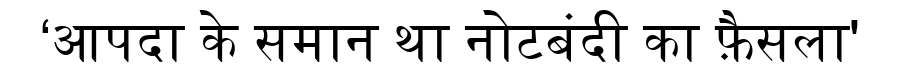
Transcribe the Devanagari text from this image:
‘आपदा के समान था नोटबंदी का फ़ैसला'